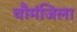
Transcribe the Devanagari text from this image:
चौमंजिला